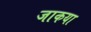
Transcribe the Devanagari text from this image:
जाकया